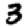
Digit: 3